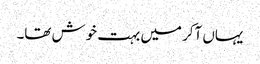
یہاں آکر میں بہت خوش تھا۔